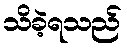
သိခဲ့ရသည်